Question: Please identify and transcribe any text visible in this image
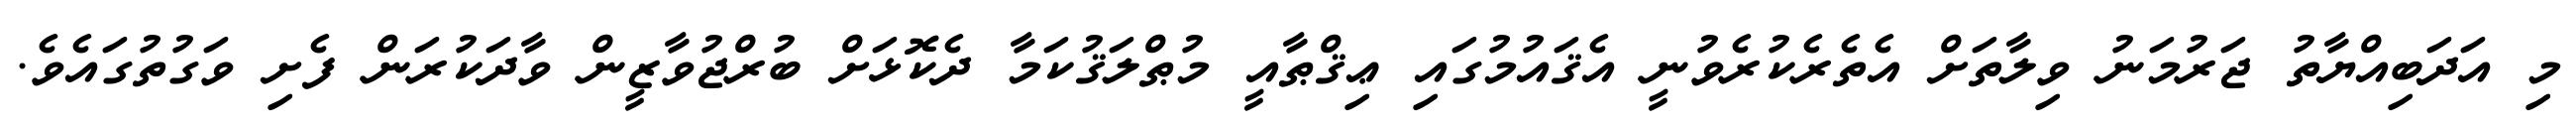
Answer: މި އަދަބިއްޔާތު ޖަރުމަނު ވިލާތަށް އެތެރެކުރެވުނީ އެޤައުމުގައި ޢިޤްޠާއީ މުޠްލަޤުކަމާ ދެކޮޅަށް ބުރްޖުވާޒީން ވާދަކުރަން ފެށި ވަގުތުގައެވެ.